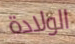
الولادة